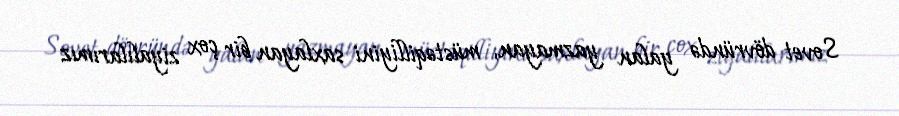
Sovet dövründə yalan yazmayan, müstəqilliyini saxlayan bir çox ziyalılarımız